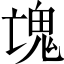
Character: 𩲉